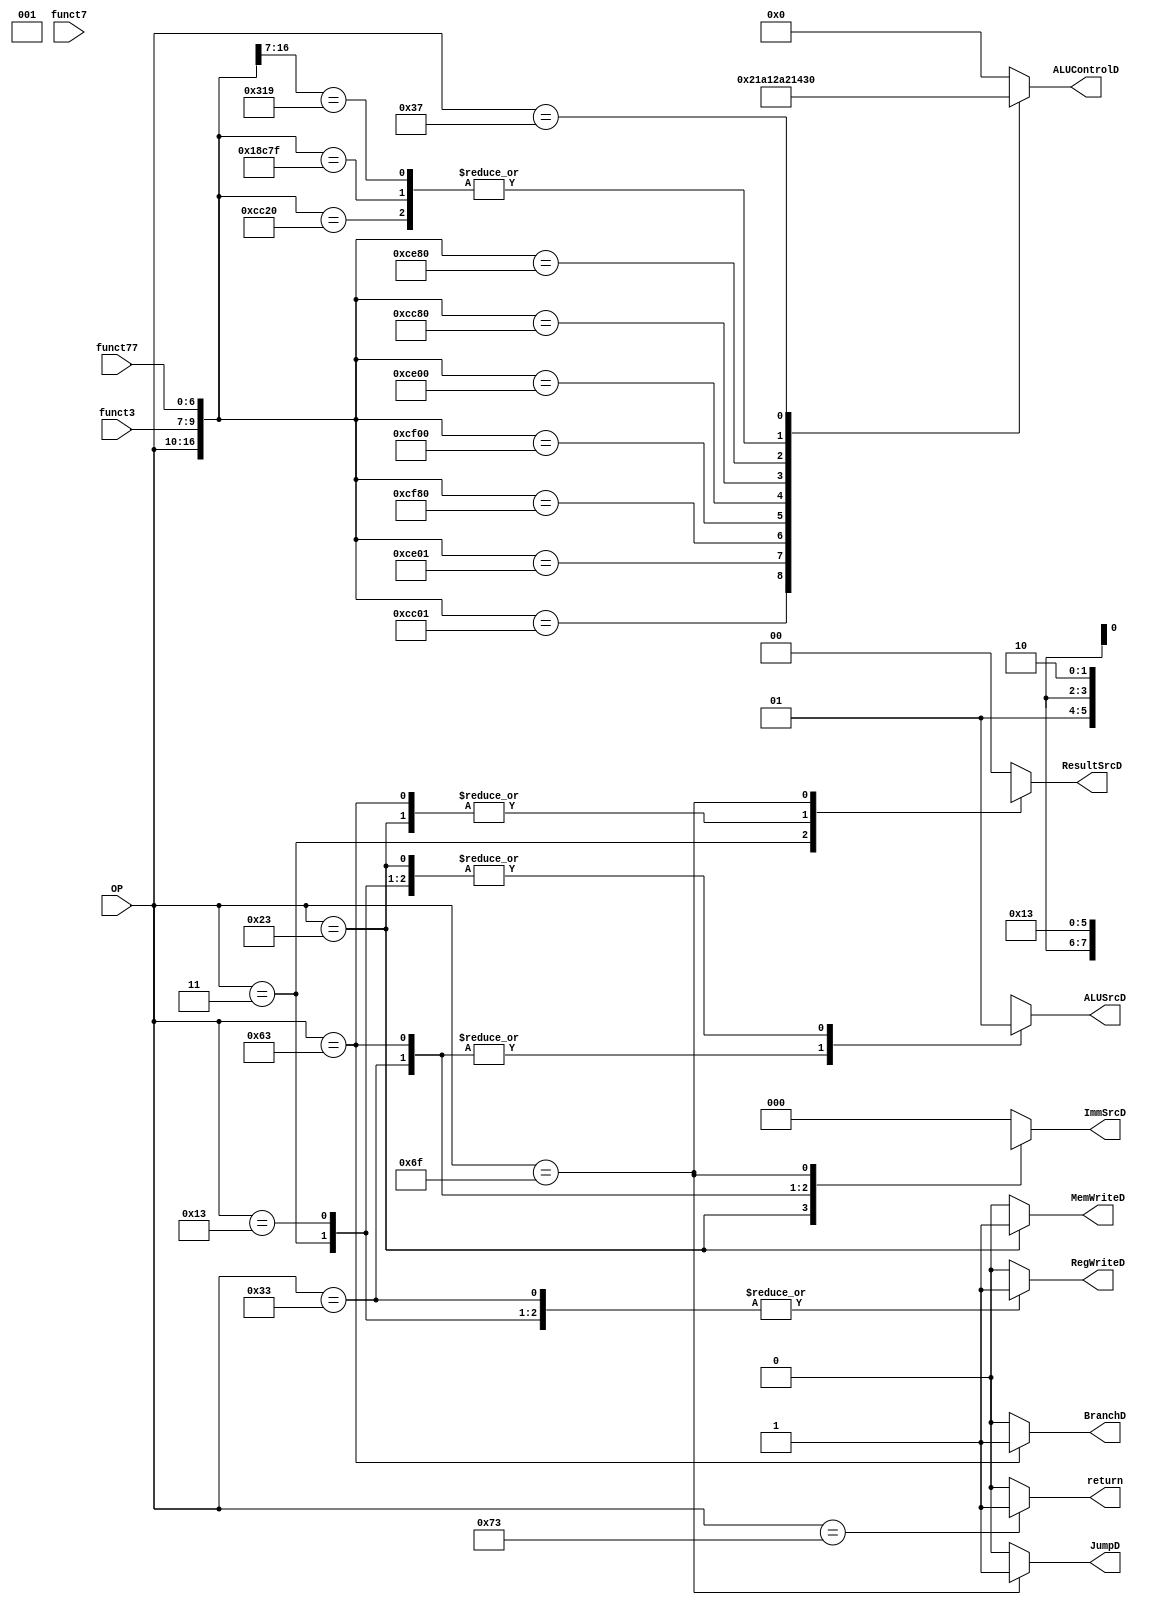
`timescale 1ns/1ns
module Controller (
    input [6:0] OP,funct77,
    input [2:0] funct3,
    input funct7,
    output reg MemWriteD,ALUSrcD,RegWriteD,BranchD,JumpD,return, //PCSrc
    output reg [1:0] ResultSrcD,
    output reg [4:0] ALUControlD,
    output reg [2:0] ImmSrcD
);
    
    wire [16:0] checker;
    assign checker={{OP},{funct3},{funct77}};
    //reg Branch;
    reg [1:0] ALUOp;
    always @(*) begin
        casex (OP)
            7'b0000011: begin  //lw
                BranchD <= 0;
                ResultSrcD <= 2'b01;
                //PCSrc <= Zero && Branch;
                MemWriteD <= 0;  //WE
                ALUSrcD <= 1;
                RegWriteD <= 1;   //WE3
                ALUOp <= 2'b00;
                ImmSrcD <= 3'b000;
                JumpD <= 0;
                return <= 0;
            end 

            7'b0100011:begin  //sw
                BranchD <= 0;
                ResultSrcD <= 2'bxx;
                //PCSrc <= Zero && Branch;
                MemWriteD <= 1;  //WE
                ALUSrcD <= 1;
                RegWriteD <= 0;   //WE3
                ALUOp <= 2'b00;
                ImmSrcD <= 3'b001;
                JumpD <= 0;
                return <= 0;
            end

            7'b0110011:begin  //R-type
                BranchD <= 0;
                ResultSrcD <= 2'b00;
                //PCSrc <= Zero && Branch;
                MemWriteD <= 0;  //WE
                ALUSrcD <= 0;
                RegWriteD <= 1;   //WE3
                ALUOp <= 2'b10;
                ImmSrcD <= 3'bxxx;
                JumpD <= 0;
                return <= 0;
            end

            7'b1100011:begin  //branch
                BranchD <= 1;
                ResultSrcD <= 2'bxx;
                //PCSrc <= Zero && Branch;
                MemWriteD <= 0;  //WE
                ALUSrcD <= 0;
                RegWriteD <= 0;   //WE3
                ALUOp <= 2'b01;
                ImmSrcD <= 3'b010;
                JumpD <= 0;
                return <= 0;
            end

            7'b0010011:begin  //I-Type
                BranchD <= 0;
                ResultSrcD <= 2'b00;
                //PCSrc <= Zero && Branch;
                MemWriteD <= 0;  //WE
                ALUSrcD <= 1;
                RegWriteD <= 1;   //WE3
                ALUOp <= 2'b10;
                ImmSrcD <= 3'b000;
                JumpD <= 0;
                return <= 0;
            end
            7'b1101111:begin //j
                BranchD <= 0;
                ResultSrcD <= 2'b10;
                //PCSrc <= Zero && Branch;
                MemWriteD <= 0;  //WE
                ALUSrcD <= 1'bx;
                RegWriteD <= 0;   //WE3
                ALUOp <= 2'bxx;
                ImmSrcD <= 3'b011;
                JumpD <= 1;
                return <= 0;
            end
            /*7'b0110111:begin //U-type
                BranchD <= 0;
                WE3 <= 1;
                ImmSrc <= 3'b100;
                ALUSrc <= 1;
                WE <= 0;
                ResultSrc <= 0;
                ALUOp <= 2'b00;
            end  */  
            7'b1110011:begin
                return<=1;
                BranchD <= 0;
                ResultSrcD <= 2'b00;
                //PCSrc <= Zero && Branch;
                MemWriteD <= 0;  //WE
                ALUSrcD <= 1'bx;
                RegWriteD <= 0;   //WE3
                ALUOp <= 2'b00;
                ImmSrcD <= 3'b000;
                JumpD <= 0;
            end    
                
            default:begin
                BranchD <= 0;
                ResultSrcD <= 2'b00;
              //PCSrc <= Zero && Branch;
                MemWriteD <= 0;  //WE
                ALUSrcD <= 1'bx;
                RegWriteD <= 0;   //WE3
                ALUOp <= 2'b00;
                ImmSrcD <= 3'b000;
                JumpD <= 0;
                return <= 0;
            end 
            
        endcase
        
    end
    // always @(*) begin
    //     PCSrc <= Zero && Branch;     
    // end

    always @(*) begin
        // case ({ALUOp,funct3,OP[5],funct7})
        //     7'b00xxxxx: ALUControl <= 4'b0000;
        //     7'b01xxxxx: ALUControl <= 4'b0001;
        //     7'b1000000 || 7'b1000001 || 7'b1000010: ALUControl <= 4'b0000;
        //     7'b1000011: ALUControl <= 4'b0001;
        //     7'b10010xx: ALUControl <=  
        //     default: 
        // endcase
        casex (checker)
            17'b01100110000000000: ALUControlD <= 5'b00000;
            17'b01100110000100000: ALUControlD <= 5'b00001;
            17'b01100110000000001: ALUControlD <= 5'b00010;
            17'b01100111000000001: ALUControlD <= 5'b00011;
            17'b01100111100000001: ALUControlD <= 5'b00000;//rem defined wrong
            17'b01100111110000000: ALUControlD <= 5'b01000;
            17'b01100111100000000: ALUControlD <= 5'b01001;
            17'b01100111000000000: ALUControlD <= 5'b01010;
            17'b01100110010000000: ALUControlD <= 5'b00100; //sll,logical shift left
            17'b01100111010000000: ALUControlD <= 5'b00101; //srl,logical shift right
            17'b0010011000xxxxxxx: ALUControlD <= 5'b00000;
            17'b11000110001111111: ALUControlD <= 5'b00001; //beq
            17'b1100011001xxxxxxx: ALUControlD <= 5'b00001;
            17'b0000011010xxxxxxx: ALUControlD <= 5'b00000;
            17'b0100011010xxxxxxx: ALUControlD <= 5'b00000; 
            17'b0110111xxxxxxxxxx: ALUControlD <= 5'b10000; //U-type
            default: ALUControlD <= 5'b00000;
        endcase
        
    end
endmodule